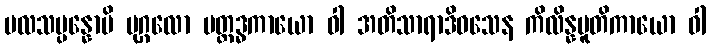
ဗလသမ္ပန္နောပိ ပုဂ္ဂလော ပတ္ထဒ္ဓကာယော ဝါ အတိသာရာဒိဝသေန ကိလိန္နပူတိကာယော ဝါ